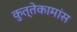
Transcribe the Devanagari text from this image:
कुत्तेकामांस